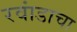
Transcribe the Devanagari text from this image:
रवांडाचा